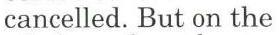
cancelled. But on the